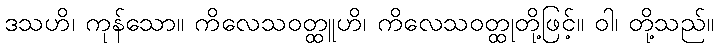
ဒသဟိ၊ ကုန်သော။ ကိလေသဝတ္ထူဟိ၊ ကိလေသဝတ္ထုတို့ဖြင့်။ ဝါ၊ တို့သည်။